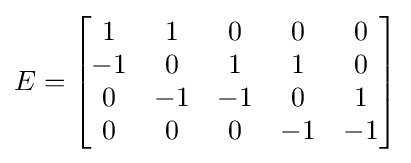
E={\begin{bmatrix}1&1&0&0&0\\-1&0&1&1&0\\0&-1&-1&0&1\\0&0&0&-1&-1\\\end{bmatrix}}